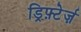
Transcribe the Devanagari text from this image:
ड्रिफ़्टेर्ज़